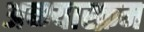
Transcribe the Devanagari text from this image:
अब्भ्यास्क्रम